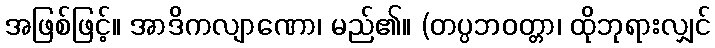
အဖြစ်ဖြင့်။ အာဒိကလျာဏော၊ မည်၏။ (တပ္ပဘဝတ္တာ၊ ထိုဘုရားလျှင်